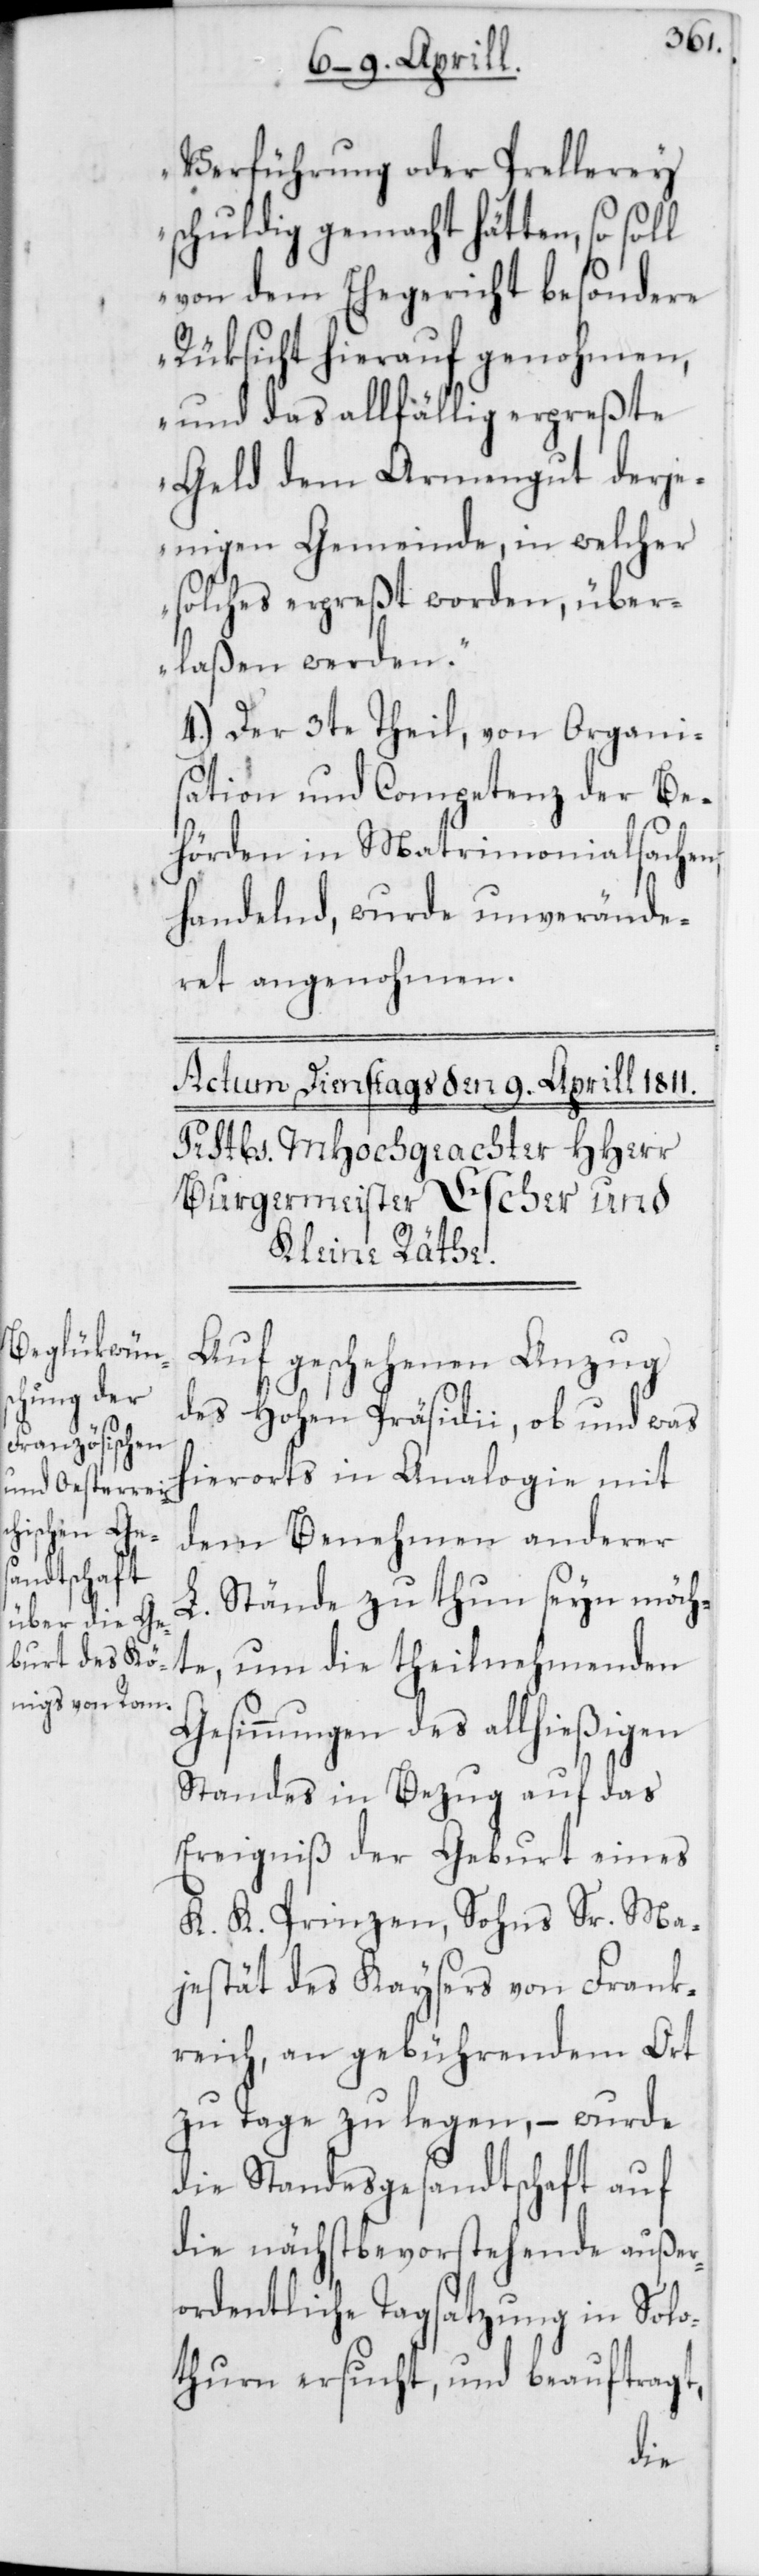
Verführung oder Prellerey
schuldig gemacht hätten, so soll
von dem Ehegericht besondere
Rüksicht hierauf genohmen,
und das allfällig erpreßte
Geld dem Armengut derje¬
nigen Gemeinde, in welcher
solches erpreßt worden, über¬
laßen werden.“
4.) Der 3te Theil, von Organi¬
sation und Competenz der Be¬
hörden in Matrimonialsachen
handelnd, wurde unverände¬
ret angenohmen.
Auf geschehenen Anzug
des Hohen Präsidii, ob und was
hierorts in Analogie mit
dem Benehmen anderer
L. Stände zu thun seyn möch¬
te, um die theilnehmenden
Gesinnungen des allhießigen
Standes in Bezug auf das
Ereigniß der Geburt eines
K. K. Prinzen, Sohns Sr. Ma¬
jestät des Kaysers von Frank¬
reich, an gebührendem Ort
zu Tage zu legen, – wurde
die Standesgesandtschaft auf
die nächstbevorstehende außer¬
ordentliche Tagsatzung in Solo¬
thurn ersucht, und beauftragt,